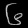
Digit: ၆